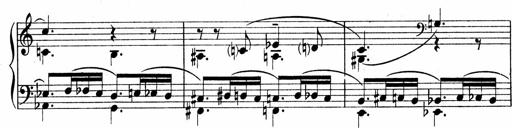
Title: Sonatina No.1
Composer: Otto Stoll
Key: C major